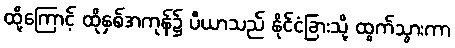
ထို့ကြောင့် ထိုနှစ်အကုန်၌ ပီယာသည် နိုင်ငံခြားသို့ ထွက်သွားကာ